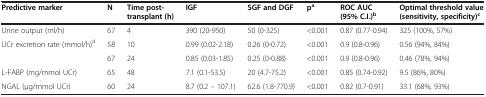
<table><thead><tr><td><b>Predictive marker</b></td><td><b>N</b></td><td><b>Time post-transplant (h)</b></td><td><b>IGF</b></td><td><b>SGF and DGF</b></td><td><b>p<sup>a</sup></b></td><td><b>ROC AUC (95% C.I.)<sup>b</sup></b></td><td><b>Optimal threshold value (sensitivity, specificity)<sup>c</sup></b></td></tr></thead><tbody><tr><td>Urine output (ml/h)</td><td>67</td><td>4</td><td>390 (20-950)</td><td>50 (0-325)</td><td>&lt;0.001</td><td>0.87 (0.77-0.94)</td><td>325 (100%, 57%)</td></tr><tr><td rowspan="2">UCr excretion rate (mmol/h)<sup>d</sup></td><td>58</td><td>10</td><td>0.99 (0.02-2.18)</td><td>0.26 (0-0.72)</td><td>&lt;0.001</td><td>0.9 (0.8-0.96)</td><td>0.56 (94%, 84%)</td></tr><tr><td>67</td><td>24</td><td>0.85 (0.03-1.85)</td><td>0.25 (0-0.88)</td><td>&lt;0.001</td><td>0.9 (0.8-0.96)</td><td>0.46 (78%, 94%)</td></tr><tr><td>L-FABP (mg/mmol UCr)</td><td>65</td><td>48</td><td>7.1 (0.1-53.5)</td><td>20 (4.7-75.2)</td><td>&lt;0.001</td><td>0.85 (0.74-0.92)</td><td>9.5 (86%, 80%)</td></tr><tr><td>NGAL (μg/mmol UCr)</td><td>60</td><td>24</td><td>8.7 (0.2 – 107.1)</td><td>62.6 (1.8-770.9)</td><td>&lt;0.001</td><td>0.82 (0.7-0.91)</td><td>33.1 (68%, 93%)</td></tr></tbody></table>